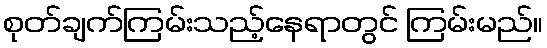
စုတ်ချက်ကြမ်းသည့်နေရာတွင် ကြမ်းမည်။